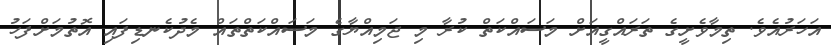
އަހަރުއެވެ. ތިމާވެށީގެ ތަރައްގީއަށް މަސައްކަތް ކުރާ މި ޖަމިއްޔާގެ މަސައްކަތްތައް މެދުކެނޑިފައި އޮތުމަށްފަހު